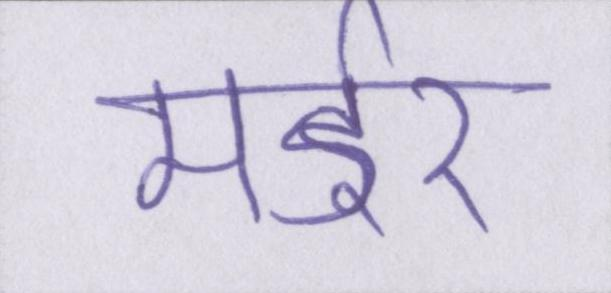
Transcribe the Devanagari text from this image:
मर्डर